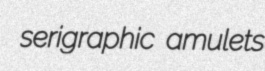
serigraphic amulets